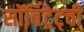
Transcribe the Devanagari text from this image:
सॉर्बिट्रेट्ची